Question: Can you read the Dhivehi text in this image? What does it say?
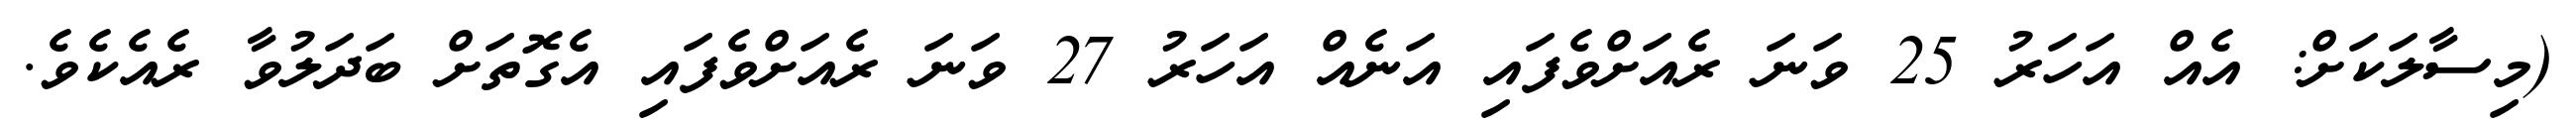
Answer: (މިސާލަކަށް: އެއް އަހަރު 25 ވަނަ ރެއަށްވެފައި އަނެއް އަހަރު 27 ވަނަ ރެއަށްވެފައި އެގޮތަށް ބަދަލުވާ ރެއެކެވެ.